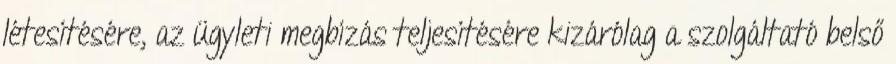
létesítésére, az ügyleti megbízás teljesítésére kizárólag a szolgáltató belső